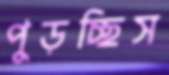
পুড়চ্ছিস